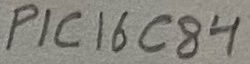
Text: PIC16C84